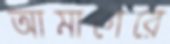
আমাগেরে